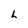
Character: L